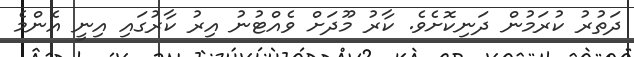
ދަތުރު ކުރަމުން ދަނިކޮށެވެ. ކާރު މޫދަށް ވެއްޓުނު އިރު ކާރުގައި އިނީ އެންމެ